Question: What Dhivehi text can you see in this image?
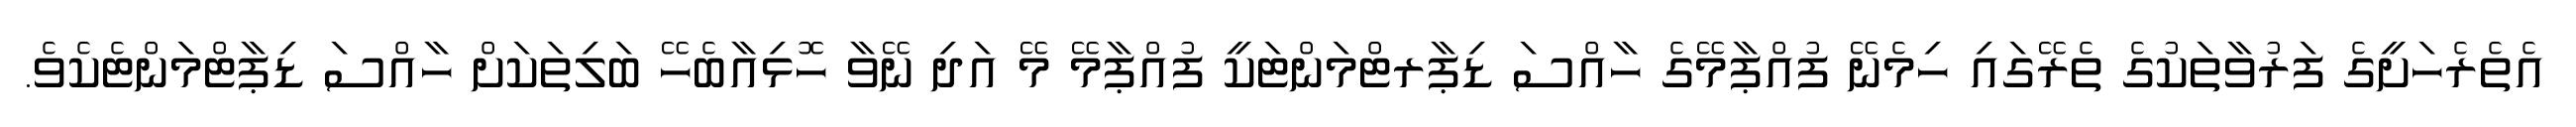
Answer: އެތެރެހަށީގެ ފަރުވާތަކުގެ ތެރޭގައި ހިމެނޭ ފުއްޕާމޭގެ ހާއްސަ ޑިޕާރޓްމަންޓަކީ ފުއްޕާމޭ މޭ އަދި ނޭވާ ހޮޅިއާބެހޭ ބަލިތަކަށް ހާއްސަ ޑިޕާޓްމަންޓެކެވެ.